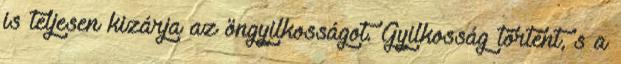
is teljesen kizárja az öngyilkosságot. Gyilkosság történt, s a